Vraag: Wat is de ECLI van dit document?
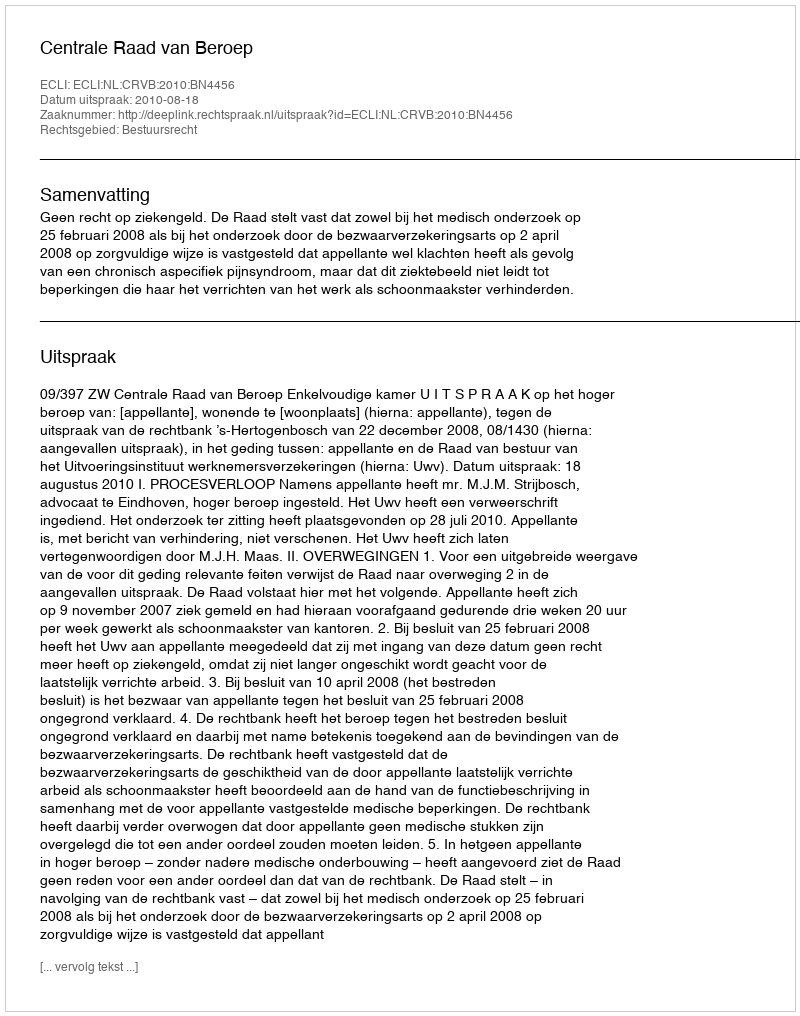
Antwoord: ECLI:NL:CRVB:2010:BN4456